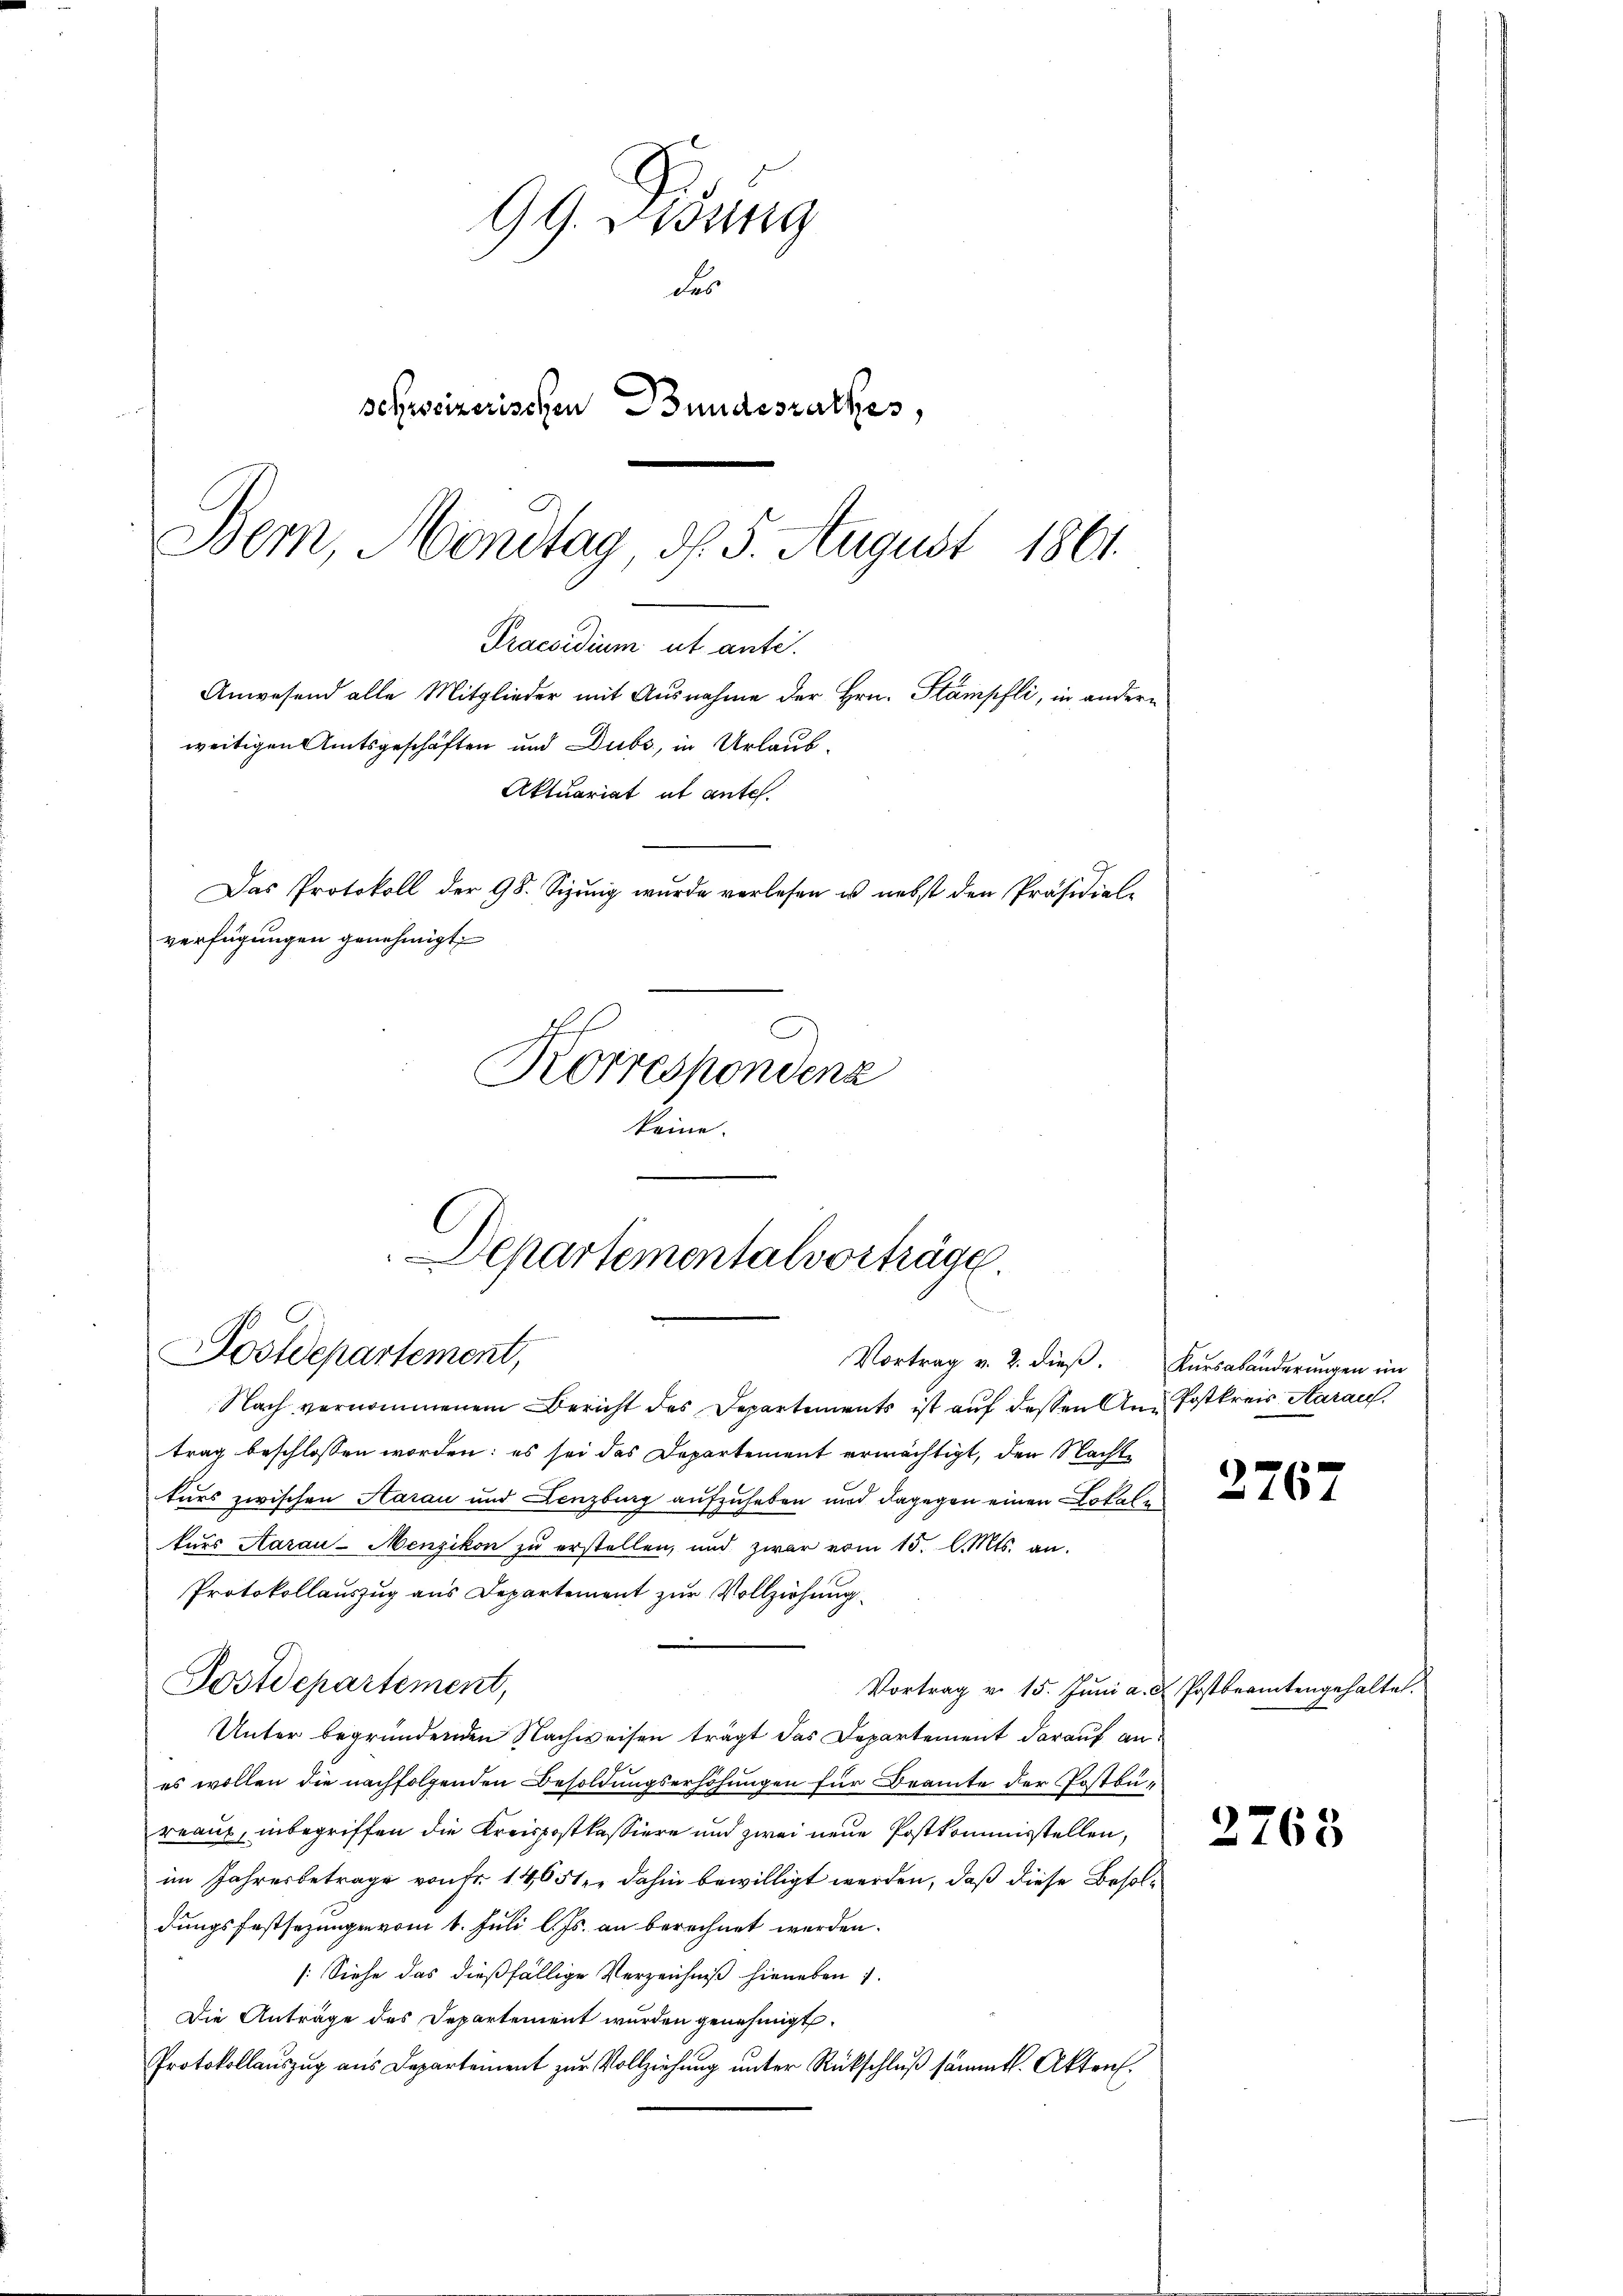
Praesidium ut ante.
Anwesend alle Mitglieder mit Ausnahme der Hrn. Stämpfli, in andern
weitigen Amtsgeschäften und Dubs, in Urlaub¬
Aktuariat ab ante.

99. Sedung
Fes
sefseizerischen Bundesrathes,
Bem, Montag, d. 5. August 1861.

Das Protokoll der 98. Sizung wurde verlesen u. nebst den Präsidial-
verfügungen genehmigt.

Departementalvorträge
Postdepartement,
Vortrag v. 2. dieß. Kursabänderungen im

Korrespondenz
keine

Nach vernommenem Bericht des Departements ist auf dessen An-Postkreis, Aarau
trag beschlossen worden; es sei das Departement ermächtigt, den Nachte
turs zwischen Aarau und Lenzburg aufzuheben und dagegen einen Lokalen
kurs Aarau-Menzikon zu erstellen, und zwar vom 15. d. Mts. an.
Protokollauszug aus Departement zur Vollziehung
Postdepartement,
Vortrag v. 15. Juni a. u. Postbeamtengehaltet.
Unter begründenden Nachweisen trägt das Departement darauf anes wollen die nachfolgenden Besoldungserhöhungen für Beamte der Postbüreaus, inbegriffen die Kreispostkassiere und zwei neue Postkommisstellen,
im Jahresbetrage von Fr. 14651. dahin bewilligt werden, daß diese Besoldungsfestsezungen vom 1. Juli l. Js. an berechnet werden.
[Siehe das dießfällige Verzeichniß hieneben
Die Anträge des Departement wurden genehmigt.
Protokollauszug aus Departement zur Vollziehung unter Rückschluß sämmtl. Akten.

2767

2768